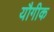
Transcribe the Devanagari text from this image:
यौगीक